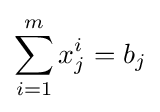
\sum _{i=1}^{m}x_{j}^{i}=b_{j}